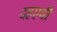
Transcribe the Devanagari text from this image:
दहएवी